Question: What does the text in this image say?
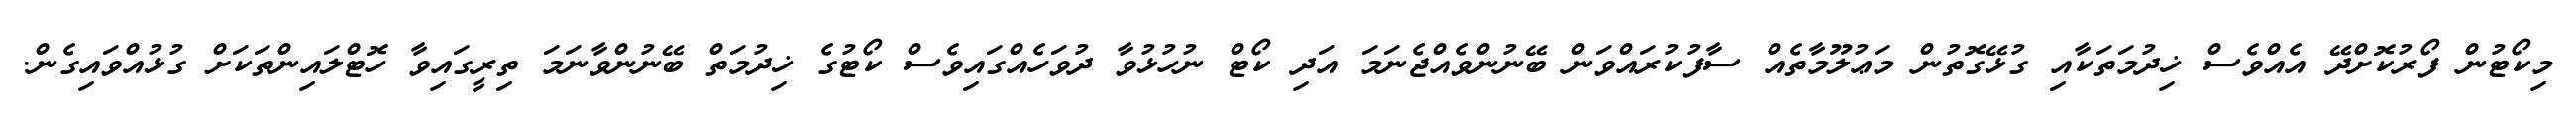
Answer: މިކޯޓުން ފޯރުކޮށްދޭ އެއްވެސް ޚިދުމަތަކާއި ގުޅޭގޮތުން މަޢުލޫމާތެއް ސާފުކުރައްވަން ބޭނުންވެއްޖެނަމަ އަދި ކޯޓް ނުހުޅުވާ ދުވަހެއްގައިވެސް ކޯޓުގެ ޚިދުމަތް ބޭނުންވާނަމަ ތިރީގައިވާ ހޮޓްލައިންތަކަށް ގުޅުއްވައިގެން.